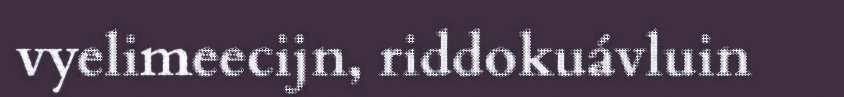
vyelimeecijn, riddokuávluin